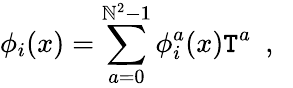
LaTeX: \phi_{i}(x)=\sum_{a=0}^{\mathbb{N}^{2}-1}\phi_{i}^{a}(x)\mathtt{T}^{a}~~,~~